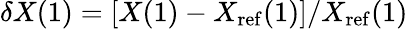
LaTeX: \delta X(1)=[X(1)-X_{\mathrm{ref}}(1)]/X_{\mathrm{ref}}(1)